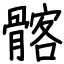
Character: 髂